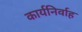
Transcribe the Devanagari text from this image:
कार्यनिर्वाह